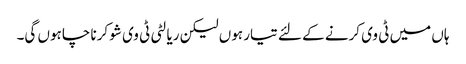
ہاں میں ٹی وی کرنے کے لئے تیار ہوں لیکن ریالٹی ٹی وی شو کرنا چاہوں گی۔